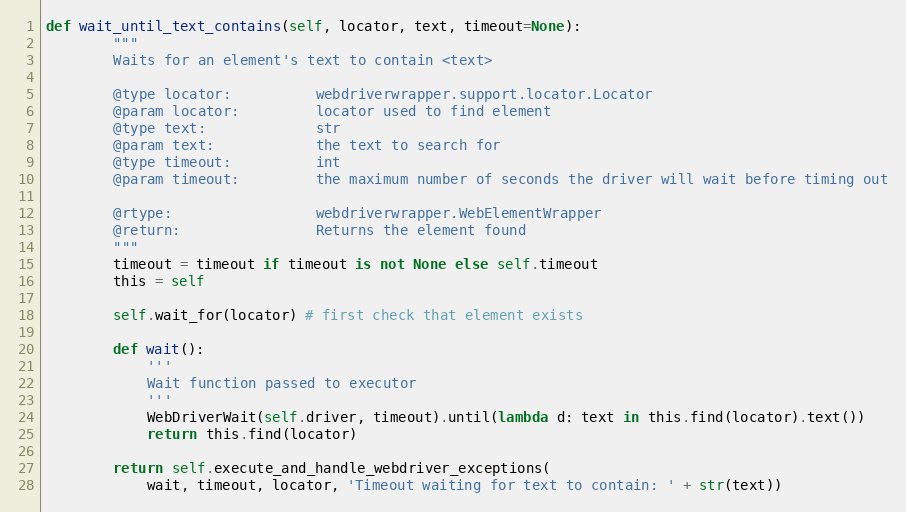
Language: Python
def wait_until_text_contains(self, locator, text, timeout=None):
        """
        Waits for an element's text to contain <text>

        @type locator:          webdriverwrapper.support.locator.Locator
        @param locator:         locator used to find element
        @type text:             str
        @param text:            the text to search for
        @type timeout:          int
        @param timeout:         the maximum number of seconds the driver will wait before timing out

        @rtype:                 webdriverwrapper.WebElementWrapper
        @return:                Returns the element found
        """
        timeout = timeout if timeout is not None else self.timeout
        this = self

        self.wait_for(locator) # first check that element exists

        def wait():
            '''
            Wait function passed to executor
            '''
            WebDriverWait(self.driver, timeout).until(lambda d: text in this.find(locator).text())
            return this.find(locator)

        return self.execute_and_handle_webdriver_exceptions(
            wait, timeout, locator, 'Timeout waiting for text to contain: ' + str(text))